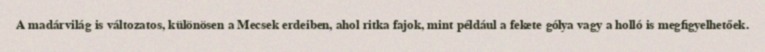
A madárvilág is változatos, különösen a Mecsek erdeiben, ahol ritka fajok, mint például a fekete gólya vagy a holló is megfigyelhetőek.